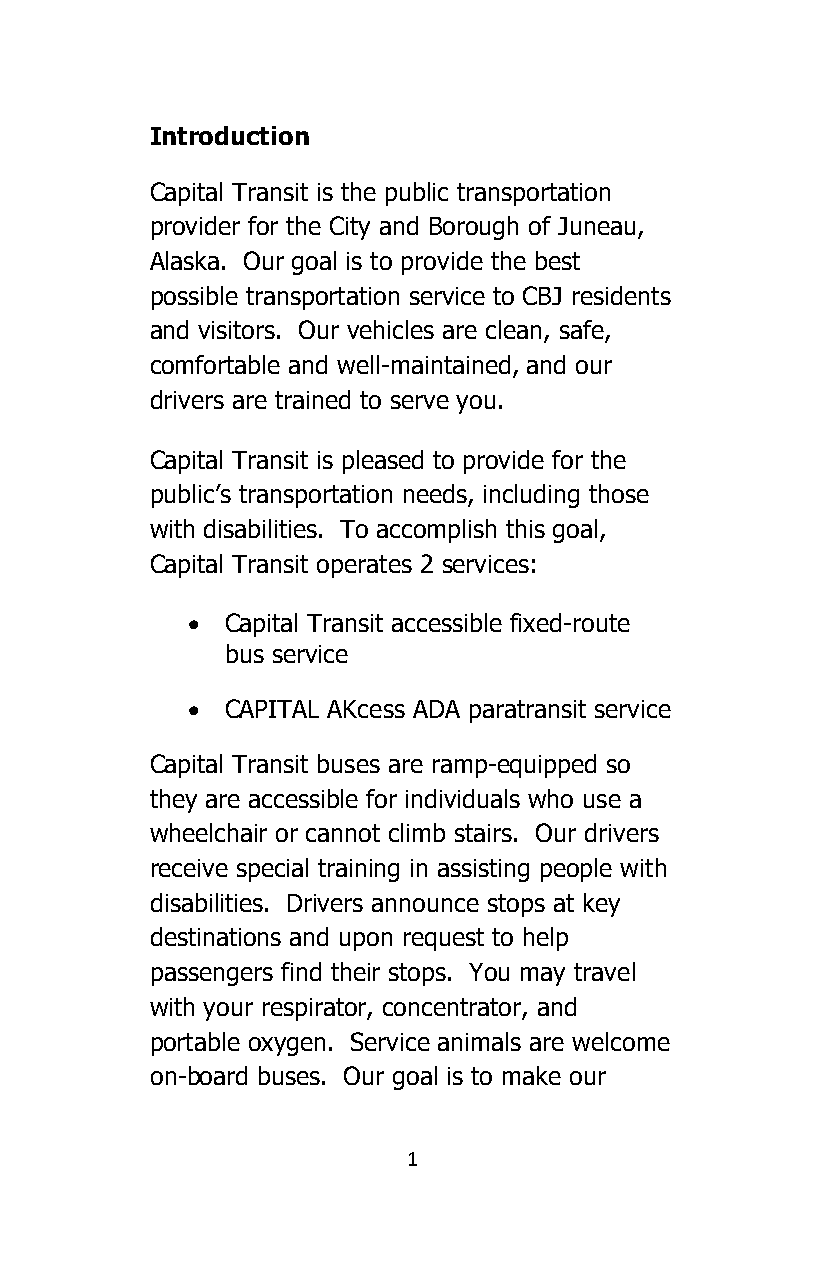
Introduction
 Capital Transit is the public transportation
 provider for the City and Borough of Juneau,
 Alaska. Our goal is to provide the best
 possible transportation service to CBJ residents
 and visitors. Our vehicles are clean, safe,
 comfortable and well-maintained, and our
 drivers are trained to serve you.
 Capital Transit is pleased to provide for the
 public’s transportation needs, including those
 with disabilities. To accomplish this goal,
 Capital Transit operates 2 services:
 •  Capital Transit accessible fixed-route
 bus service
 •  CAPITAL AKcess ADA paratransit service
 Capital Transit buses are ramp-equipped so
 they are accessible for individuals who use a
 wheelchair or cannot climb stairs. Our drivers
 receive special training in assisting people with
 disabilities. Drivers announce stops at key
 destinations and upon request to help
 passengers find their stops. You may travel
 with your respirator, concentrator, and
 portable oxygen. Service animals are welcome
 on-board buses. Our goal is to make our
 1